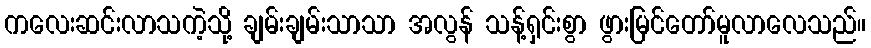
ကလေးဆင်းလာသကဲ့သို့ ချမ်းချမ်းသာသာ အလွန် သန့်ရှင်းစွာ ဖွားမြင်တော်မူလာလေသည်။